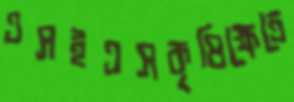
এসইএসকৃষিক্ষেত্রে